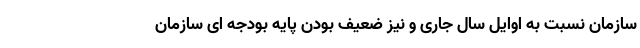
سازمان نسبت به اوایل سال جاری و نیز ضعیف بودن پایه بودجه ای سازمان